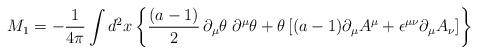
LaTeX: \begin{align*} M_1 = -{1\over 4\pi} \int d^2x \left\lbrace {(a-1)\over 2}\,\partial_\mu \theta \; \partial^\mu \theta + \theta \left\lbrack (a-1)\partial_\mu A^\mu + \epsilon^{\mu\nu} \partial_\mu A_\nu \right\rbrack\right\rbrace\end{align*}